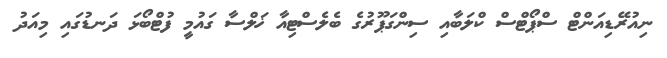
ނިއުރޭޑިއަންޓް ސްޕޯޓްސް ކްލަބާއި ސިންގަޕޫރުގެ ބެލެސްޓިއާ ޚަލްސާ ގައުމީ ފުޓްބޯޅަ ދަނޑުގައި މިއަދު